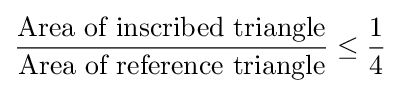
{\frac {\text{Area of inscribed triangle}}{\text{Area of reference triangle}}}\leq {\frac {1}{4}}